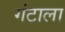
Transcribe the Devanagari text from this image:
गंटाला